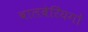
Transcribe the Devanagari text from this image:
बालबेरिंयगों